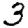
Digit: 3